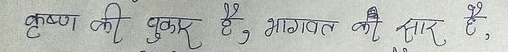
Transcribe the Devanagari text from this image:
कृष्ण की पुकार है, भागवत की सार है,